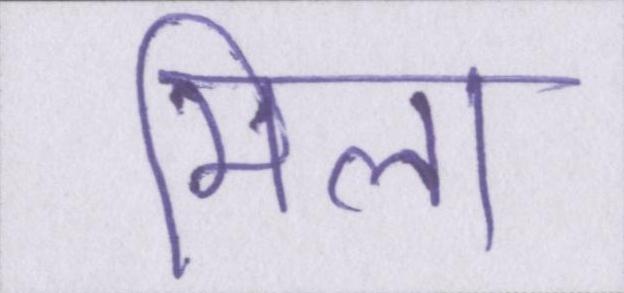
मिला